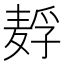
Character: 𱋗